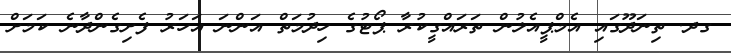
ގދ. ތިނަދޫގައި އެމްޕީއެލުން ތަރައްގީކުރާ ޕޯޓުގެ ހިދުމަތް އަންނަ އަހަރު ފެށިގެންދާނެ ކަމަށް